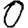
Digit: 0